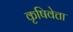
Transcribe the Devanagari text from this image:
कृषिवेत्ता